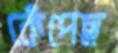
কেঁপেছ